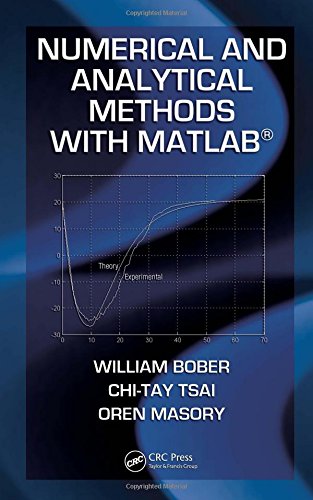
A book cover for Numerical and Analytical Methods with MATLAB (Computational Mechanics and Applied Analysis); William Bober; Science & Math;